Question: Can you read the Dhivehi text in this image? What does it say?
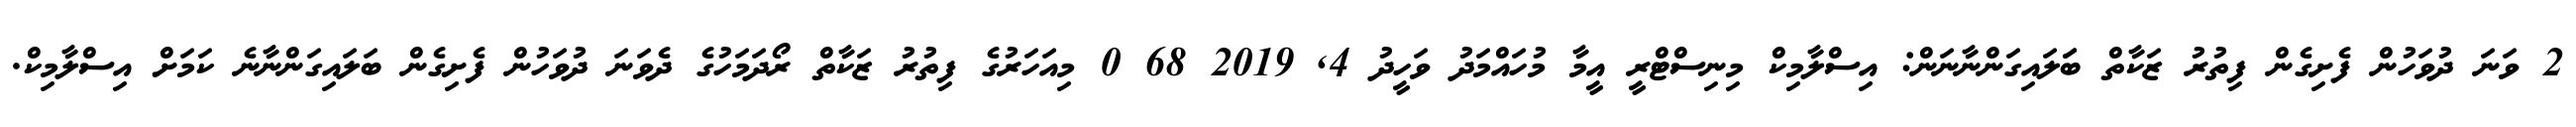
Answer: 2 ވަނަ ދުވަހުން ފެށިގެން ފިތުރު ޒަކާތް ބަަލައިގަންނާނަން: އިސްލާމިކް މިނިސްޓްރީ އީމާ މުހައްމަދު ވަހީދު 4, 2019 68 0 މިއަހަރުގެ ފިތުރު ޒަކާތް ރޯދަމަހުގެ ދެވަނަ ދުވަހުން ފެށިގެން ބަލައިގަންނާނެ ކަމަށް އިސްލާމިކް.